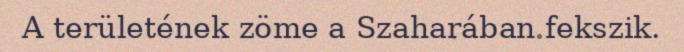
A területének zöme a Szaharában fekszik.